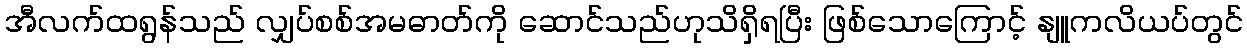
အီလက်ထရွန်သည် လျှပ်စစ်အမဓာတ်ကို ဆောင်သည်ဟုသိရှိရပြီး ဖြစ်သောကြောင့် နျူကလိယပ်တွင်